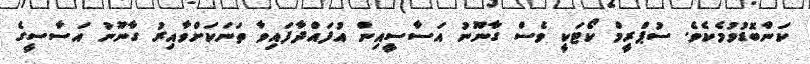
ކަންބޮޑުވުމެކެވެ. ސުޕްރީމް ކޯޓަކީ ވެސް ގާނޫނު އަސާސީއިން އުފައްދާފައިވާ ތަނަކަށްވާއިރު ގާނޫނު އަސާސީގެ